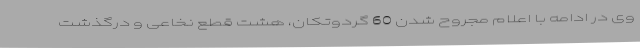
وی در ادامه با اعلام مجروح شدن 60 گردوتکان، هشت قطع نخاعی و درگذشت